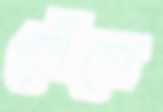
পেঁপে